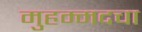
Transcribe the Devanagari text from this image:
मुहम्मदचा